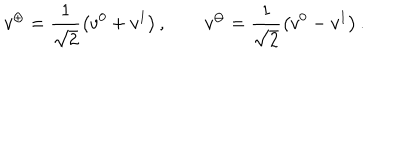
v ^ { \oplus } = \frac { 1 } { \sqrt { 2 } } \left( v ^ { 0 } + v ^ { 1 } \right) , \qquad v ^ { \ominus } = \frac { 1 } { \sqrt { 2 } } \left( v ^ { 0 } - v ^ { 1 } \right) .